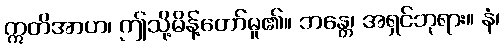
ဣတိအာဟ၊ ဤသို့မိန့်တော်မူ၏။ ဘန္တေ၊ အရှင်ဘုရား။ နံ၊